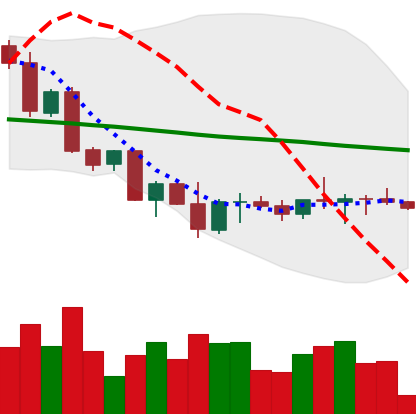
Ticker: ETH-USD
Chart end date: 2022-10-01
Forward return: 3.055%
Label: up_3_5